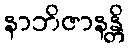
နာဘိဇာနန္တိ